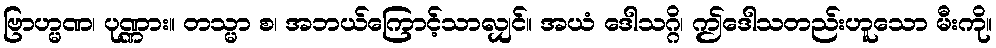
ဗြာဟ္မဏ၊ ပုဏ္ဏား။ တသ္မာ စ၊ အဘယ်ကြောင့်သာလျှင်။ အယံ ဒေါသဂ္ဂိ၊ ဤဒေါသတည်းဟူသော မီးကို။